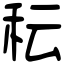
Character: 秐